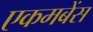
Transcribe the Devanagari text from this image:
एकमबेंस